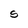
Character: s